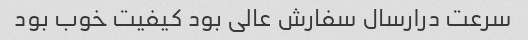
سرعت درارسال سفارش عالی بود کیفیت خوب بود